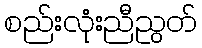
စည်းလုံးညီညွတ်